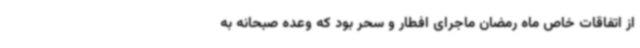
از اتفاقات خاص ماه رمضان ماجرای افطار و سحر بود که وعده صبحانه به